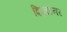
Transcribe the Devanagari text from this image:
दिज़ाइनर